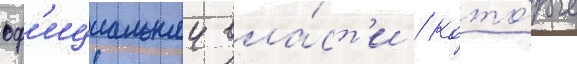
оф'ициальнои вла́ст'и / кото́рые